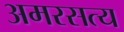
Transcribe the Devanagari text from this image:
अमरसत्य